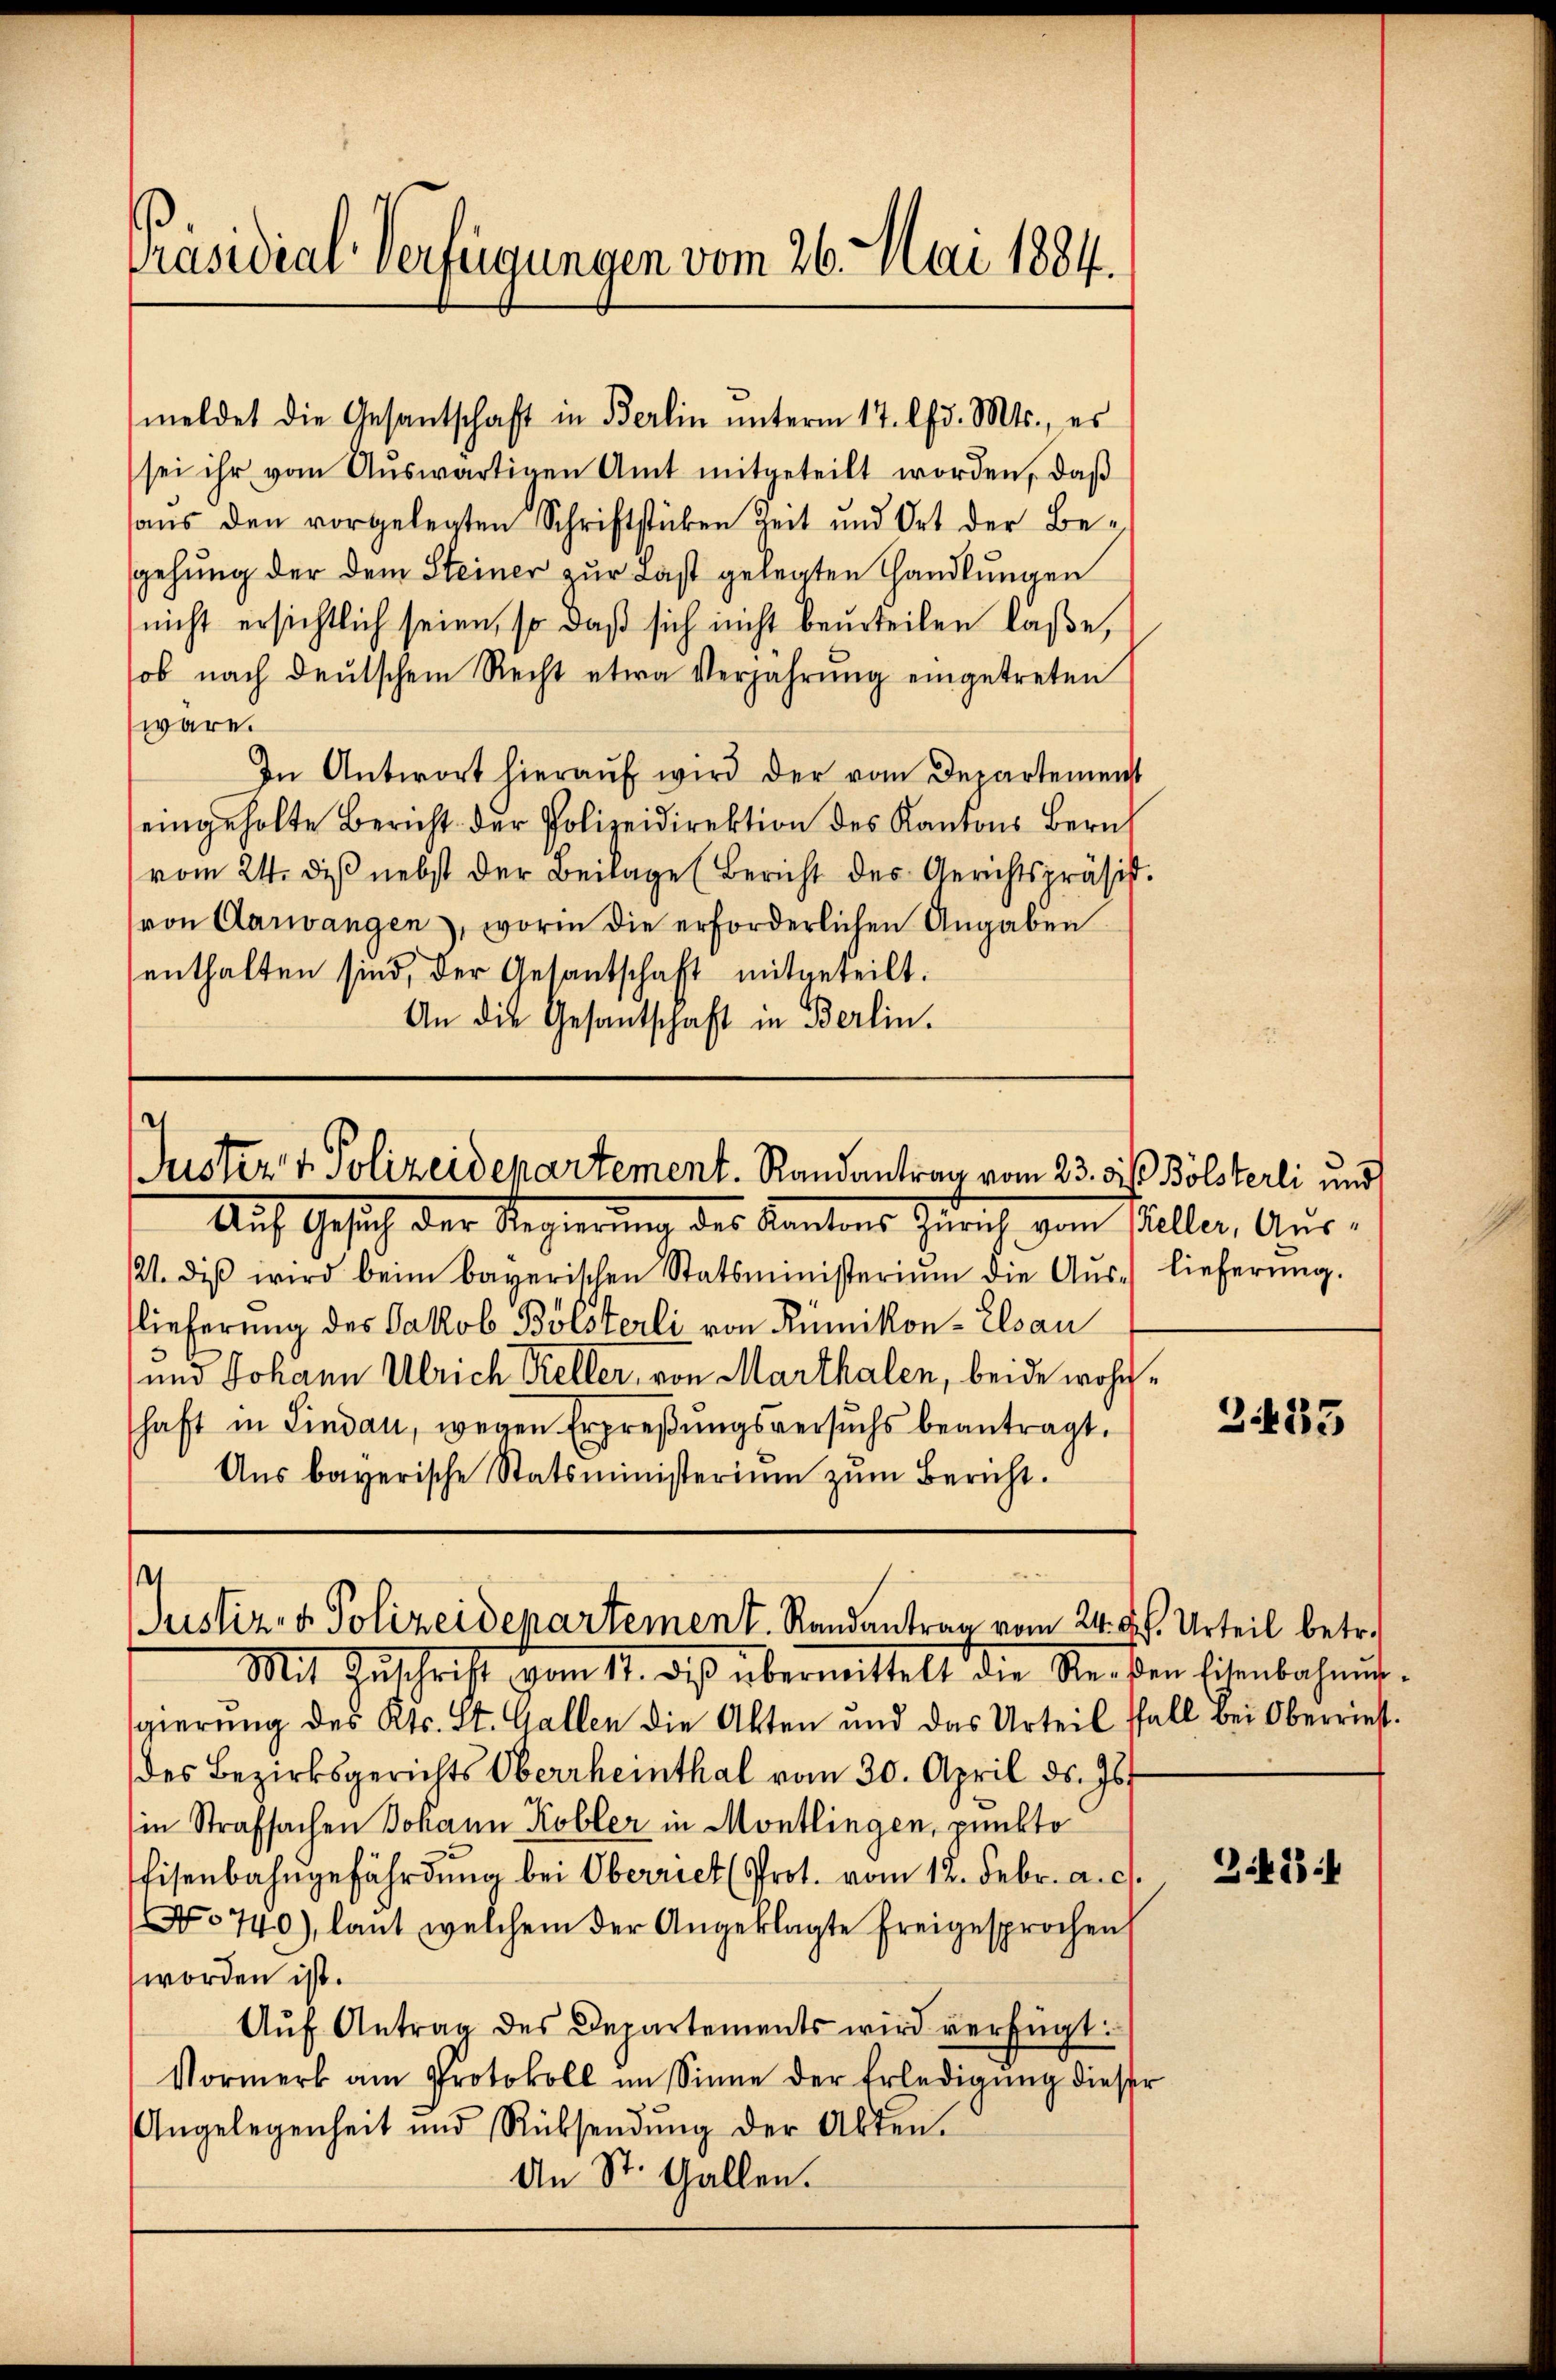
Präsidial-Verfügungen vom 26. Mai 1884.

sei ihr vom Aŭswärtigen Amt mitgeteilt worden, daß
aŭs den vorgelegten Schriftstücken Zeit und Ort der Be-
gehung der dem Steiner zur Last gelegten Handlungen
nicht ersichtlich seien, so daß sich nicht beurteilen laße,
ob nach deŭtschem Recht etwa Verjahrŭng eingetreten
wäre.
In Antwort hieraŭf wird der vom Departement
eingeholte Bericht der Polizeidirektion des Kantons Zürich
vom 24. diβ nebst der Beilage (Bericht des Gerichtspräsist.
von Aarwangen, worin die erforderlichen Angaben
enthalten sind, der Gesantschaft mitgeteilt.
An die Gesantschaft in Berlin.

meldet die Gesantschaft in Berlin ŭnterm 17. lfd. Mts., es

Juster v. Polizeidepartement. Randantrag vom 23. die Bölsterli und

Auf Gesich der Regierung des Kantons Zürich vom Keller, Aus-
121. diβ wird beim bayerischen Statsministerium die Aŭs-lieferŭng.
lieferung des Jakob Bölsterli von Rümikon - Elsau
und Johann Ulrich Keller, von Marthalen, beide wohn
shaft in Lindau, wegen Erpreβŭngsversuchs beantragt.
Aŭs bayerische Statsministerium zum Bericht.

1
Justiz- & Polizeidepartement. Randantrag vom 24. d. Urteil betr.
Mit Zŭschrift vom 17. diβ übermittelt die Recken Eisenbahner-

gierung des Kts. St. Gallen die Akten und das Urteil ffall bei Oberriest.
des Bezirksgerichts Oberrheinthal vom 30. April ds. Js.
in Strafsachen Johann Kobler in Montlingen, punkto
Eisenbahngefährdung bei Oberriet (Prot. vom 12. Febr. a. c.
No 740), laut welchem der Angeklagte freigesprochen
worden ist.
Aŭf Antrag des Departements wird verfügt:
Vormerk am Protokoll im Sinne der Erledigŭng dieser
Angelegenheit und Rücksendŭng der Akten.
An St. Gallen.

“

2435

321